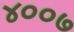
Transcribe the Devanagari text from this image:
४००७